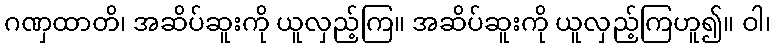
ဂဏှထာတိ၊ အဆိပ်ဆူးကို ယူလှည့်ကြ။ အဆိပ်ဆူးကို ယူလှည့်ကြဟူ၍။ ဝါ၊